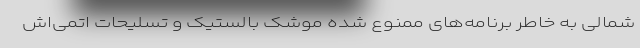
شمالی به خاطر برنامه‌های ممنوع شده موشک بالستیک و تسلیحات اتمی‌اش